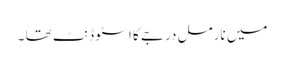
میں نارمل درجے کا ا سٹو ڈنٹ تھا ۔